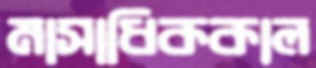
মাসাধিককাল